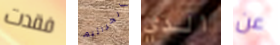
فقدت الجراثيم الذي عن